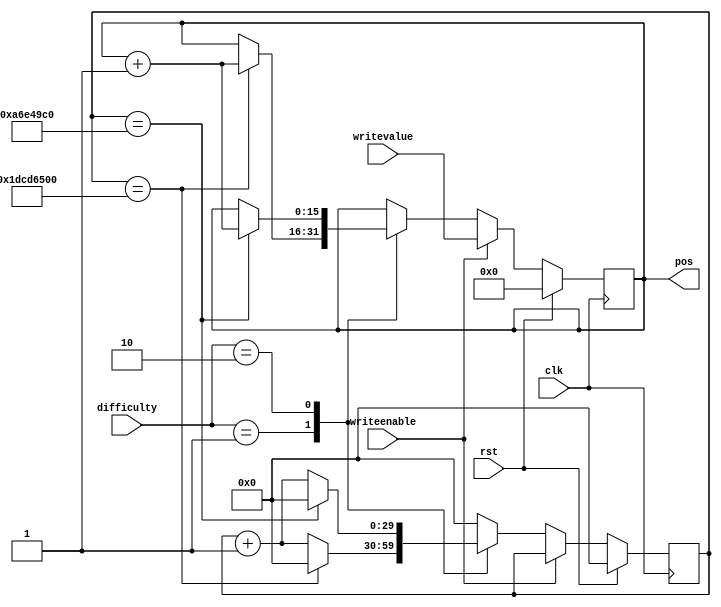
/*
   This file was generated automatically by the Mojo IDE version B1.3.6.
   Do not edit this file directly. Instead edit the original Lucid source.
   This is a temporary file and any changes made to it will be destroyed.
*/

module mother_30 (
    input clk,
    input rst,
    input [1:0] difficulty,
    input writeenable,
    input [15:0] writevalue,
    output reg [15:0] pos
  );
  
  
  
  reg [15:0] M_motherposition_d, M_motherposition_q = 1'h0;
  reg [29:0] M_timer_d, M_timer_q = 1'h0;
  
  always @* begin
    M_timer_d = M_timer_q;
    M_motherposition_d = M_motherposition_q;
    
    
    case (difficulty)
      2'h1: begin
        M_timer_d = M_timer_q + 1'h1;
        if (M_timer_q == 29'h1dcd6500) begin
          M_timer_d = 1'h0;
          M_motherposition_d = M_motherposition_q + 1'h1;
        end
      end
      2'h2: begin
        M_timer_d = M_timer_q + 1'h1;
        if (M_timer_q == 28'ha6e49c0) begin
          M_timer_d = 1'h0;
          M_motherposition_d = M_motherposition_q + 1'h1;
        end
      end
      default: begin
        M_timer_d = 1'h0;
      end
    endcase
    if (writeenable == 1'h1) begin
      M_motherposition_d = writevalue;
      M_timer_d = M_timer_q;
    end
    pos = M_motherposition_q;
  end
  
  always @(posedge clk) begin
    if (rst == 1'b1) begin
      M_motherposition_q <= 1'h0;
      M_timer_q <= 1'h0;
    end else begin
      M_motherposition_q <= M_motherposition_d;
      M_timer_q <= M_timer_d;
    end
  end
  
endmodule